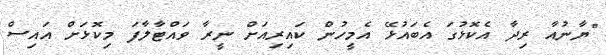
"ޔާނުއާ ރިދާ އެކޮޅުގަ އެބައުޅޭ އެމީހުން ކައިރިއަށް ނީރާ ވައްޓާލާފަ މިކޮޅަށް އައިސް